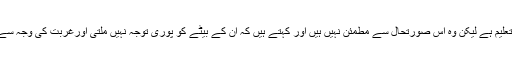
محمد خلیل کا ایک بیٹا اس سکول میں زیر تعلیم ہے لیکن وہ اس صورتحال سے مطمئن نہیں ہیں اور کہتے ہیں کہ ان کے بیٹے کو پوری توجہ نہیں ملتی اورغربت کی وجہ سے نجی سکول میں بھی داخل نہیں کرسکتے۔